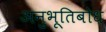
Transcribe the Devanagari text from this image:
अनुभूतिबोध